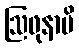
ဩဖုနာမိ